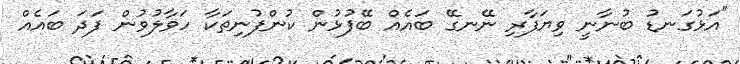
"އަޅުގަނޑު ބުނާނީ ވިޔަފާރި ނޭނގޭ ބައެއް ބޭފުޅުން ކުންފުނިތަކާ ހަވާލުވުން ފަދަ ބައެއް